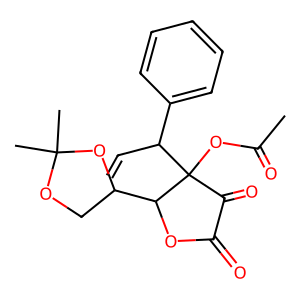
SMILES: C=CC(c1ccccc1)C1(OC(C)=O)C(=O)C(=O)OC1C1COC(C)(C)O1
Inhibits HIV replication: No